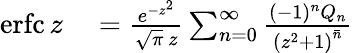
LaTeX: \begin{array}{rl}{\operatorname{erfc}z}&{{}={\frac{e^{-z^{2}}}{{\sqrt{\pi}}\, z}}\sum_{n=0}^{\infty}{\frac{(-1)^{n}Q_{n}}{{(z^{2}+1)}^{\bar{n}}}}}\end{array}